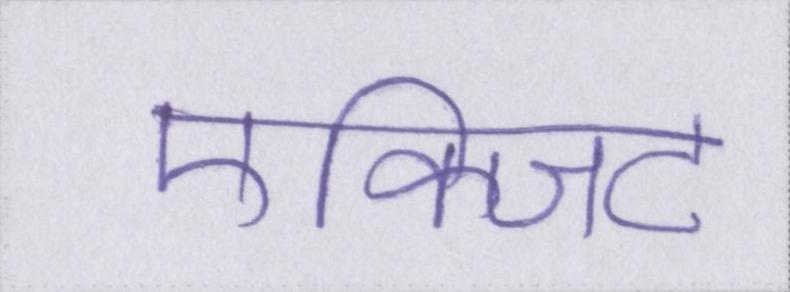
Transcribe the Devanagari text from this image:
एक्जिट